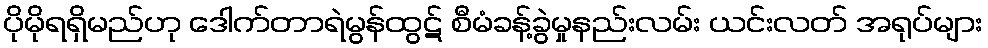
ပိုမိုရရှိမည်ဟု ဒေါက်တာရဲမွန်ထွဋ် စီမံခန့်ခွဲမှုနည်းလမ်း ယင်းလတ် အရုပ်များ